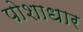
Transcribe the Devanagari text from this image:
पोशाधार